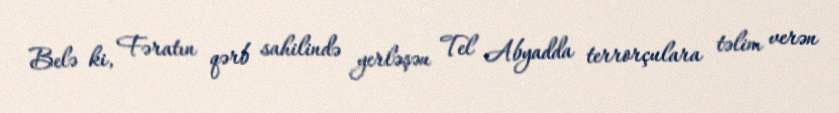
Belə ki, Fəratın qərb sahilində yerləşən Tel Abyadda terrorçulara təlim verən